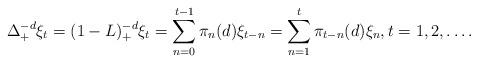
LaTeX: \begin{align*}\Delta_{+}^{-d}\xi_{t}=(1-L)_{+}^{-d}\xi_{t}=\sum_{n=0}^{t-1}\pi_{n}(d)\xi_{t-n}=\sum_{n=1}^{t}\pi_{t-n}(d)\xi_{n},t=1,2,\dots.\end{align*}